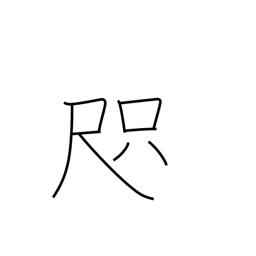
Meaning: span